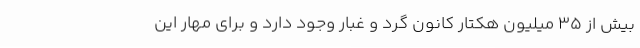
بیش از 35 میلیون هکتار کانون گرد و غبار وجود دارد و برای مهار این